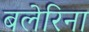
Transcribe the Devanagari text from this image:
बलेरिना